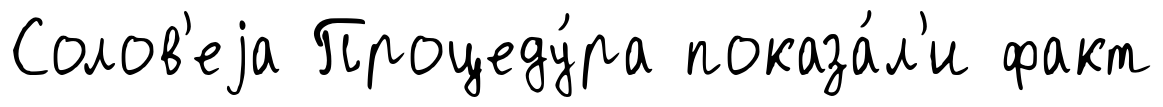
Солов'еjа Процеду́ра показа́л'и факт